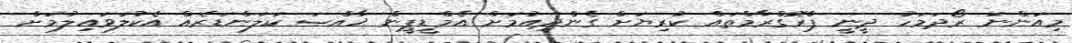
މިއަންނަ ރޯދަމަހު ދީނީ ޕްރޮގްރާމްތައް ކުރިޔަށް ގެންދިއުމަށް އެމްޑީޕީން ޚާއްޞަ ކަލަންޑަރެއް އެކުލަވައިލުމަށް